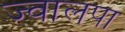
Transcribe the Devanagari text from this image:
ज्वालपा